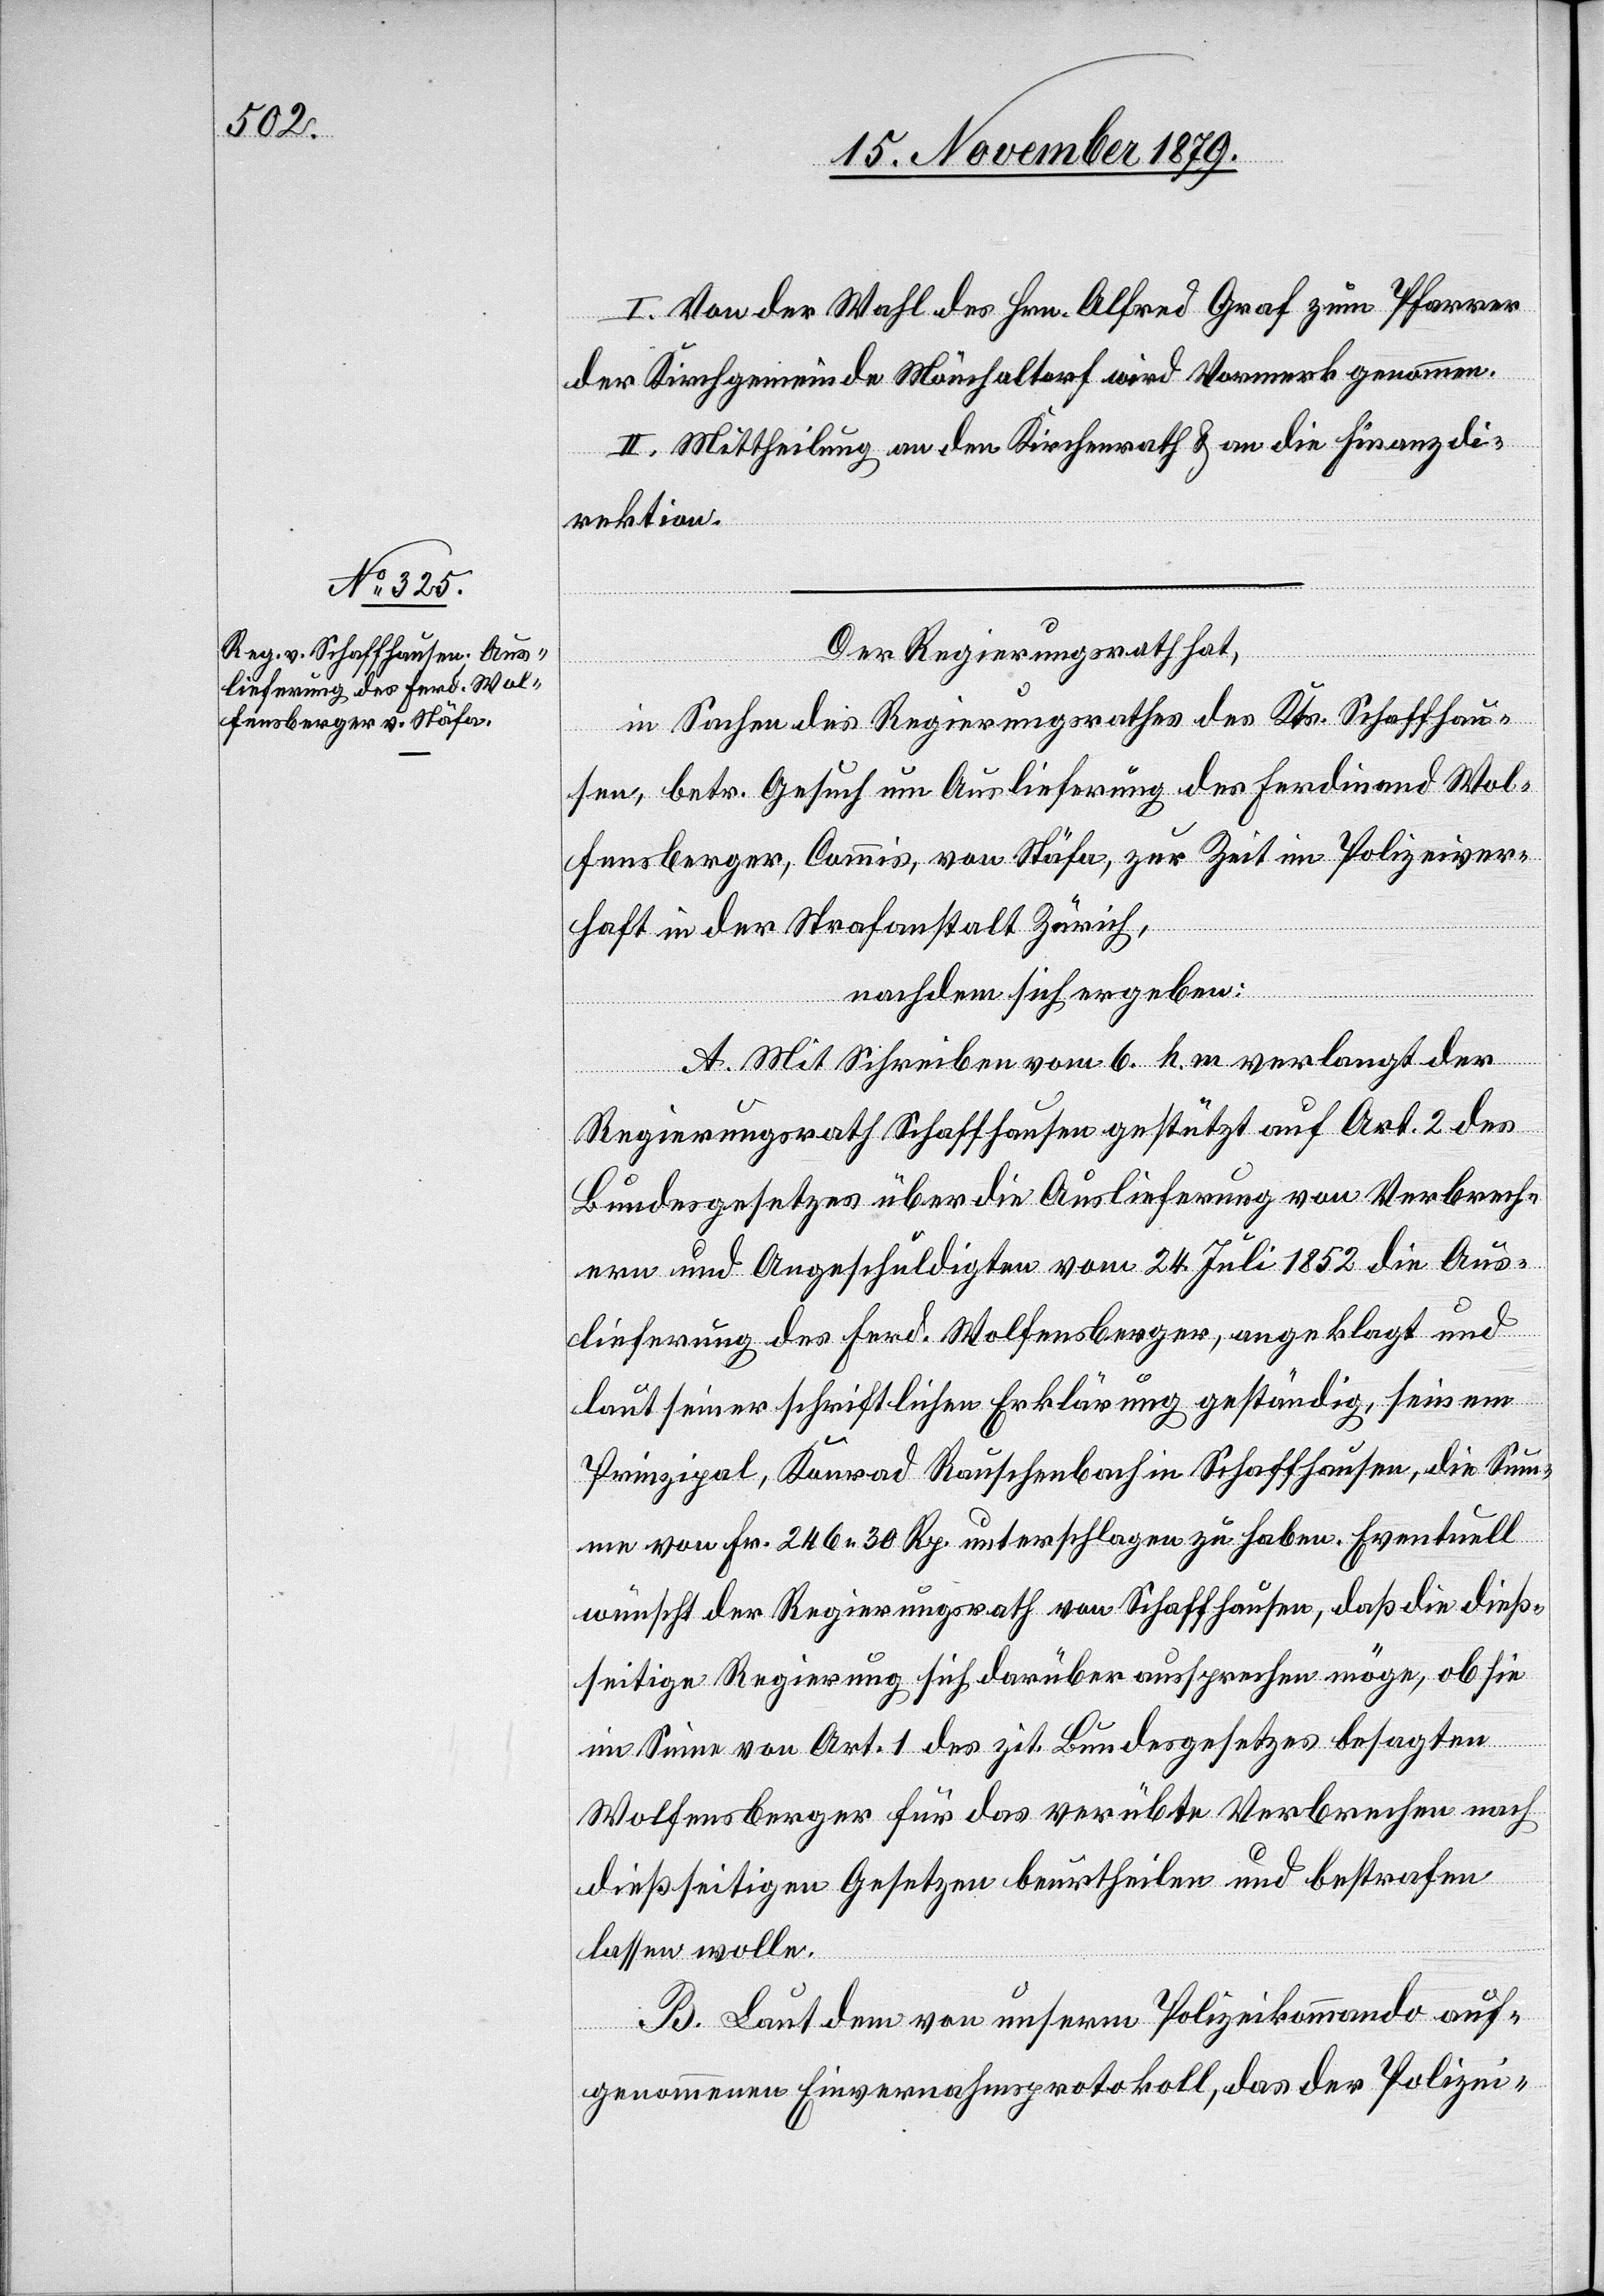
I. Von der Wahl des Hrn. Alfred Graf zum Pfarrer
der Kirchgemeinde Mönchaltorf wird Vormerk genommen.
II. Mittheilung an den Kirchenrath & an die Finanzdi¬
rektion.
Der Regierungsrath hat,
in Sachen des Regierungsrathes des Kts. Schaffhau¬
sen, betr. Gesuch um Auslieferung des Ferdinand Wol¬
fensberger, Commis, von Stäfa, zur Zeit in Polizeiver¬
haft in der Strafanstalt Zürich,
nachdem sich ergeben:
A. Mit Schreiben vom 6. h. m. verlangt der
Regierungsrath Schaffhausen gestützt auf Art. 2 des
Bundesgesetzes über die Auslieferung von Verbrech¬
ern und Angeschuldigten vom 24. Juli 1852 die Aus¬
lieferung des Ferd. Wolfensberger, angeklagt und
laut seiner schriftlichen Erklärung geständig, seinem
Prinzipal, Konrad Rauschenbach in Schaffhausen, die Sum¬
me von Fr. 246 30 Rp. unterschlagen zu haben. Eventuell
wünscht der Regierungsrath von Schaffhausen, daß die dieß¬
seitige Regierung sich darüber aussprechen möge, ob sie
im Sinne von Art. 1 des zit. Bundesgesetzes besagten
Wolfensberger für das verübte Verbrechen nach
dießseitigen Gesetzen beurtheilen und bestrafen
lassen wolle.
B. Laut dem von unserm Polizeikommando auf¬
genommenen Einvernahmsprotokoll, das der Polizei-